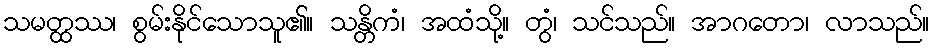
သမတ္ထဿ၊ စွမ်းနိုင်သောသူ၏။ သန္တိကံ၊ အထံသို့။ တွံ၊ သင်သည်။ အာဂတော၊ လာသည်။